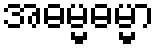
အဓမ္မဓမ္မာ